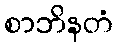
စာဘိနတံ